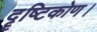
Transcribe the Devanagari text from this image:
दॄष्‍टिकोण।